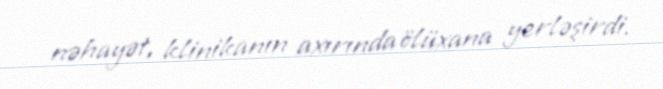
nəhayət, klinikanın axırında ölüxana yerləşirdi.